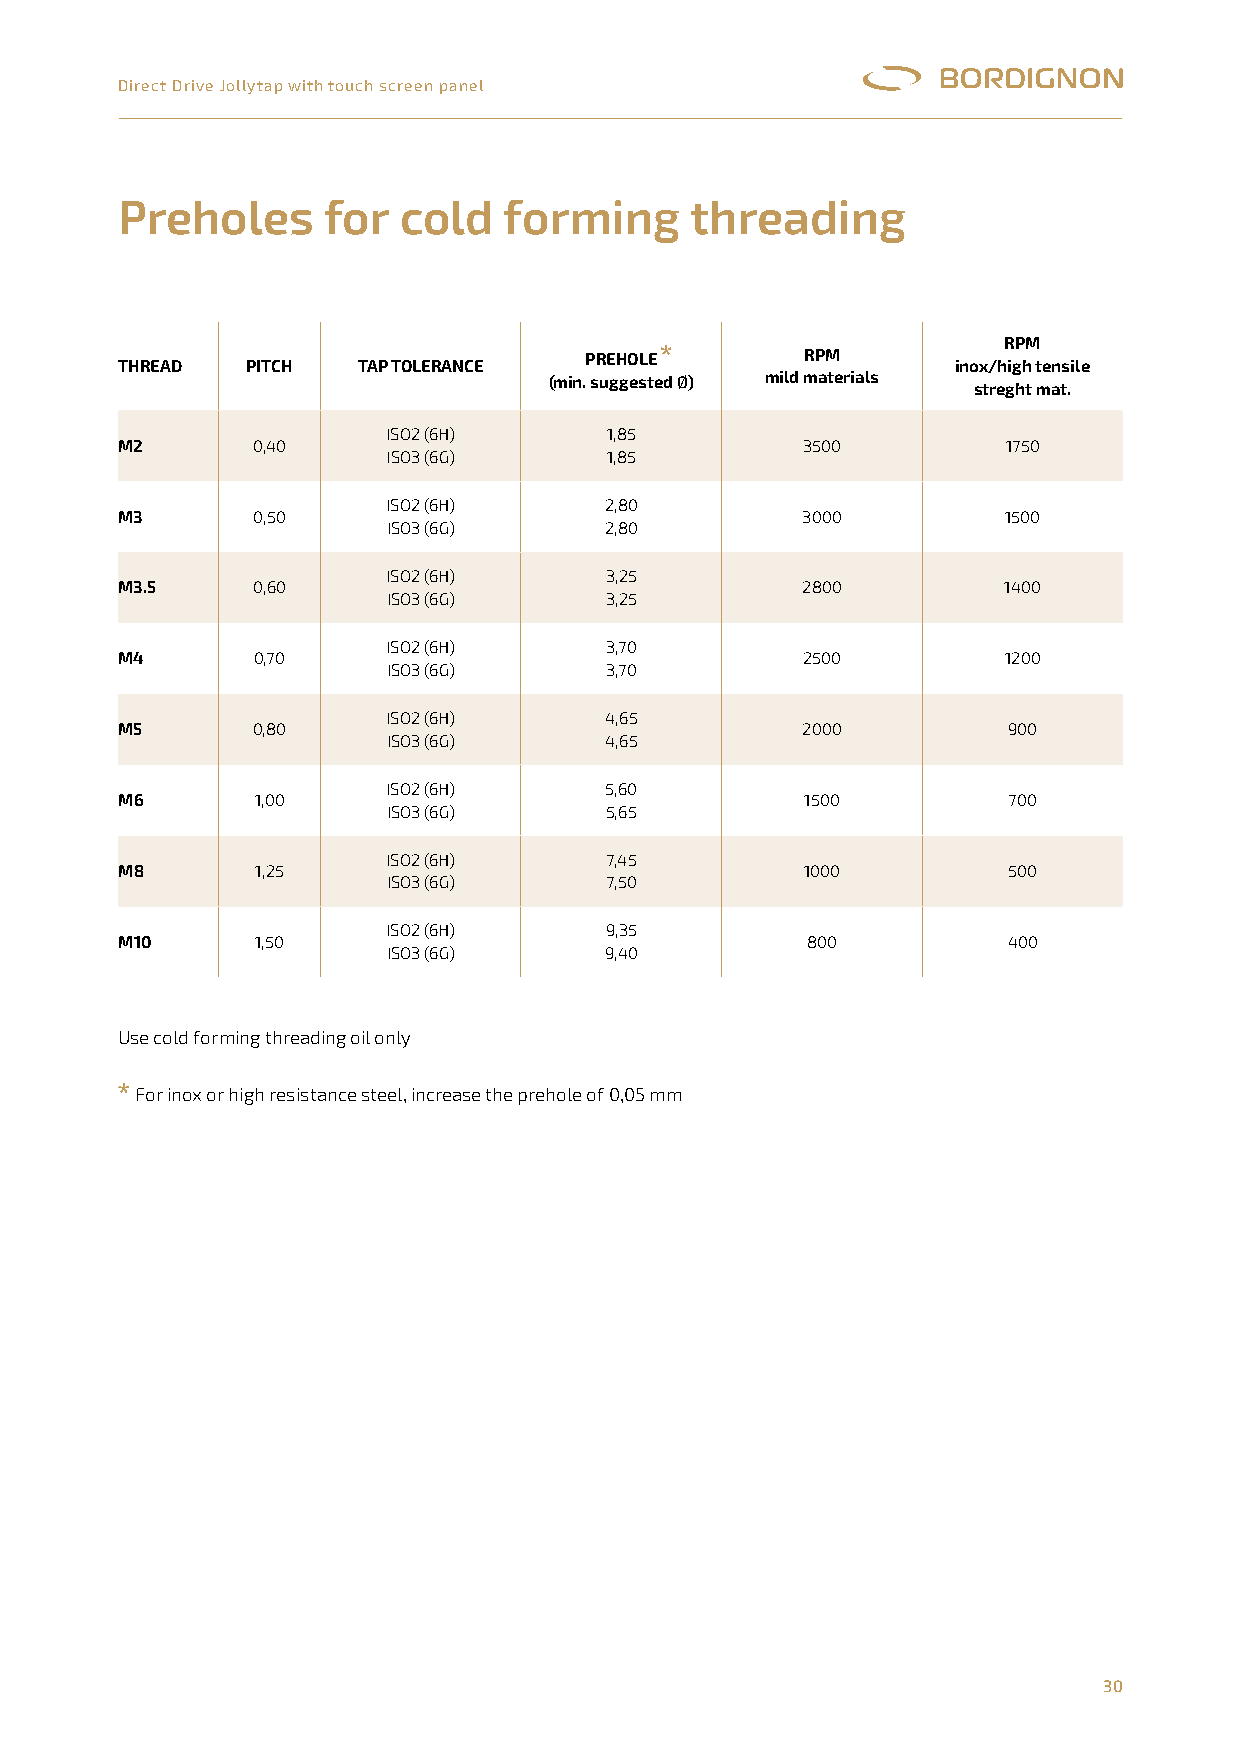
Direct Drive Jollytap with touch screen panel
 Preholes     for  cold   forming      threading
 rPm
 PrEHOLE       rPm
 THrEAD  PITCH   TAP TOLErANCE                          inox/high tensile
 (min. suggested Ø) mild materials
 streght mat.
 ISO2 (6H)     1,85
 m2       0,40                                3500          1750
 ISO3 (6G)     1,85
 ISO2 (6H)     2,80
 m3       0,50                                3000         1500
 ISO3 (6G)     2,80
 ISO2 (6H)     3,25
 m3.5     0,60                                2800         1400
 ISO3 (6G)     3,25
 ISO2 (6H)     3,70
 m4       0,70                                2500         1200
 ISO3 (6G)     3,70
 ISO2 (6H)     4,65
 m5       0,80                                2000          900
 ISO3 (6G)     4,65
 ISO2 (6H)     5,60
 m6       1,00                                1500          700
 ISO3 (6G)     5,65
 ISO2 (6H)     7,45
 m8       1,25                                1000          500
 ISO3 (6G)     7,50
 ISO2 (6H)     9,35
 m10      1,50                                800           400
 ISO3 (6G)     9,40
 Use cold forming threading oil only
 For inox or high resistance steel, increase the prehole of 0,05 mm
 30